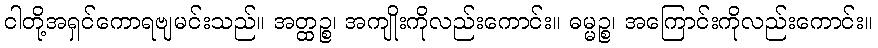
ငါတို့အရှင်ကောရဗျမင်းသည်။ အတ္ထဉ္စ၊ အကျိုးကိုလည်းကောင်း။ ဓမ္မဉ္စ၊ အကြောင်းကိုလည်းကောင်း။